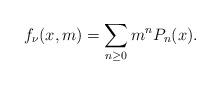
LaTeX: \begin{align*}f_{\nu}(x,m)=\sum_{n\geq0}m^nP_n(x).\end{align*}